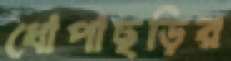
ধোপাছড়ির